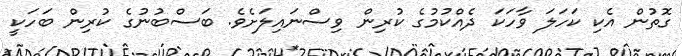
ގޮތުން އެކި ކަހަލަ ވާހަކަ ދެއްކުމުގެ ކުރިން ވިސްނައިލަށެވެ. ބަސްބުނުގެ ކުރިން ބަހަކީ